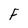
Character: F